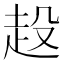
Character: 𧺢